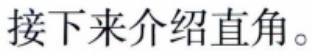
接下来介绍直角。